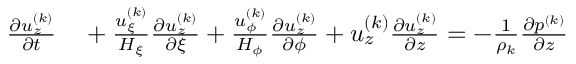
\begin{array} { r } { \begin{array} { r l } { \frac { \partial u _ { z } ^ { ( k ) } } { \partial t } } & { { } + \frac { u _ { \xi } ^ { ( k ) } } { H _ { \xi } } \frac { \partial u _ { z } ^ { ( k ) } } { \partial \xi } + \frac { u _ { \phi } ^ { ( k ) } } { H _ { \phi } } \frac { \partial u _ { z } ^ { ( k ) } } { \partial \phi } + u _ { z } ^ { ( k ) } \frac { \partial u _ { z } ^ { ( k ) } } { \partial z } = - \frac { 1 } { \rho _ { k } } \frac { \partial p ^ { ( k ) } } { \partial z } } \end{array} } \end{array}